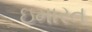
ઇમારત